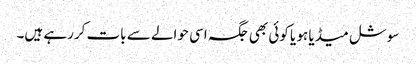
سوشل میڈیا ہو یا کوئی بھی جگہ اسی حوالے سے بات کررہے ہیں۔